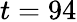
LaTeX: t=94